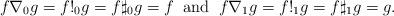
LaTeX: \begin{align*}f\nabla_0g=f!_0g=f\sharp_0g=f\;\; \mbox{and}\;\; f\nabla_1g=f!_1g=f\sharp_1g=g.\end{align*}